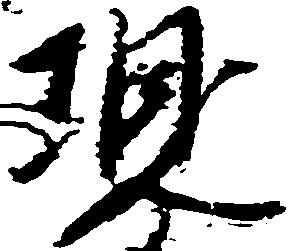
現